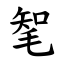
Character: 㲛